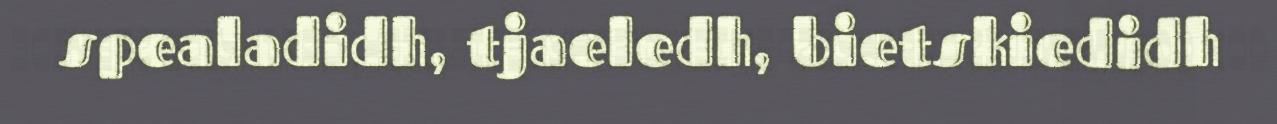
spealadidh, tjaeledh, bietskiedidh